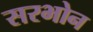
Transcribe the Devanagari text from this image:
सरभोन